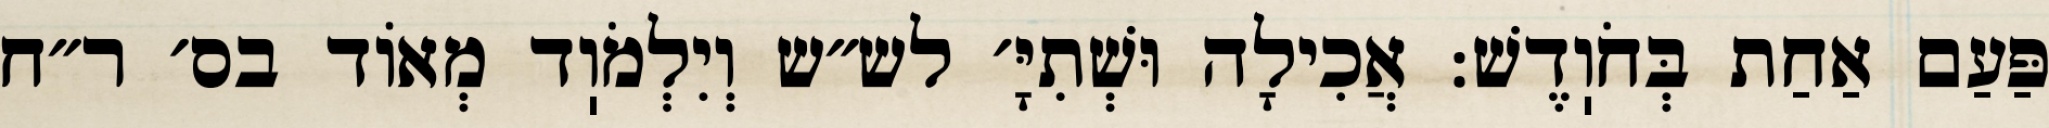
פַּעַם אַחַת בְּחֹוֽדֶשׁ: אֲכִילָה וּשְׁתִיָּ׳ לש״ש וְיִלְמֹוֽד מְאוֹד בס׳ ר״ח